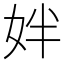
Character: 姅